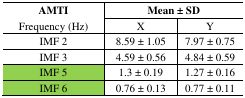
| <ROWSPAN=2> AMTI Frequency (Hz) | <COLSPAN=2> Mean ± SD |
 | --- | --- | --- |
 | X | Y |
 | IMF 2 | 8.59 ± 1.05 | 7.97 ± 0.75 |
 | IMF 3 | 4.59 ± 0.56 | 4.84 ± 0.59 |
 | IMF 5 | 1.3 ± 0.19 | 1.27 ± 0.16 |
 | IMF 6 | 0.76 ± 0.13 | 0.77 ± 0.11 |